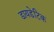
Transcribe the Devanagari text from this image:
डायडेटिक